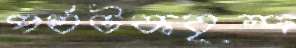
পর্যটকবৃন্দ